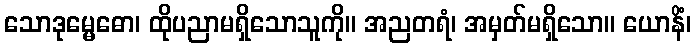
သောဒုမ္မေဓော၊ ထိုပညာမရှိသောသူကို။ အညတရံ၊ အမှတ်မရှိသော။ ယောနိံ၊